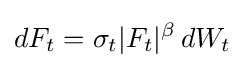
dF_{t}=\sigma _{t}|F_{t}|^{\beta }\,dW_{t}